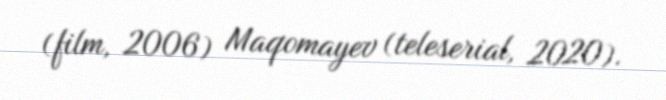
(film, 2006) Maqomayev (teleserial, 2020).